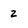
Character: 2